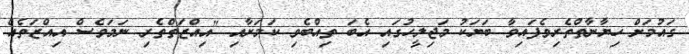
ގައުމަށް ހިޔާނާތްތެރިވެފައިވާ ބަޔަކު މަޖިލީހުގައި އެބަ ތިއްބެވި ކަމަށާއި "އިއްޒަތްތެރި ނަމަވެސް އިއްޒަތެއް